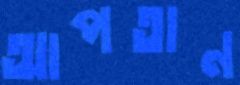
আপতান